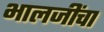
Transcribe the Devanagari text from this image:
भालजींचा